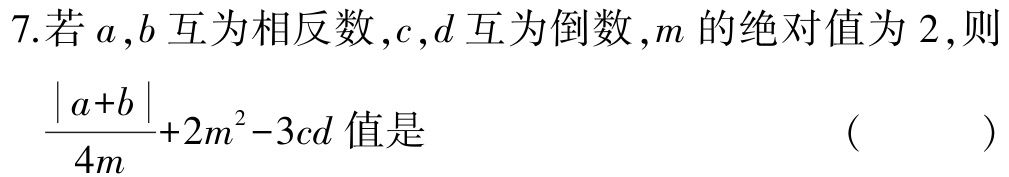
7.若\(a,b\)互为相反数，\(c,d\)互为倒数，\(m\)的绝对值为\(2\)，则\(\frac{\vert a + b\vert}{4m}+2m^{2}-3cd\)值是 （  ）